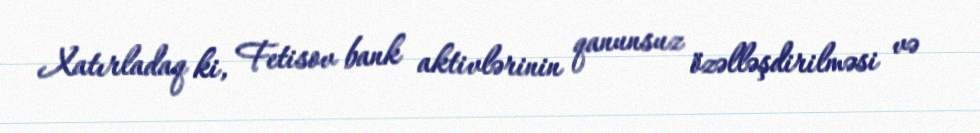
Xatırladaq ki, Fetisov bank aktivlərinin qanunsuz özəlləşdirilməsi və